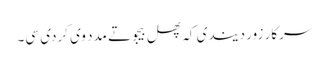
سرکار زور دیندی کہ پھل بیجو تے مدد وی کردی سی۔